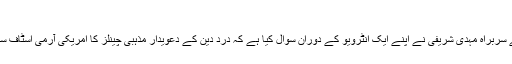
فارسی مذہبی چینلز کاامریکی آرمی اسٹاف سے رابطہ
ایران کے ادارۂ اطلاعات ونشریات (صداوسیما) کی مانیٹرنگ سیکشن کے سربراہ مہدی شریفی نے اپنے ایک انٹرویو کے دوران سوال کیا ہے کہ دردِ دین کے دعویدار مذہبی چینلز کا امریکی آرمی اسٹاف سے کیا رابطہ ہے اور کس طرح اپنے بھاری اخراجات پورے کرتے ہیں؟